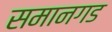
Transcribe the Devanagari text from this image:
समानगड